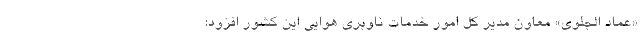
«عماد الجلوی» معاون مدیر کل امور خدمات ناوبری هوایی این کشور افزود: